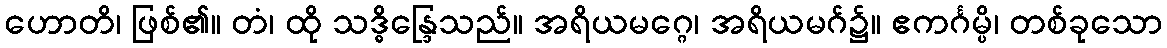
ဟောတိ၊ ဖြစ်၏။ တံ၊ ထို သဒ္ဓိန္ဒြေသည်။ အရိယမဂ္ဂေ၊ အရိယမဂ်၌။ ဧကင်္ဂမ္ပိ၊ တစ်ခုသော